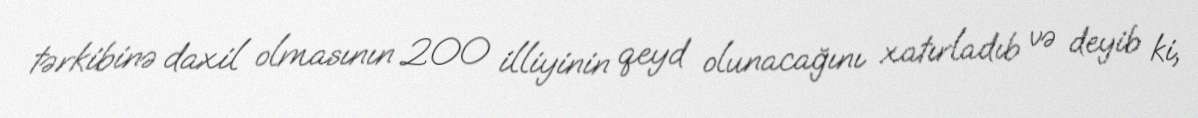
tərkibinə daxil olmasının 200 illiyinin qeyd olunacağını xatırladıb və deyib ki,